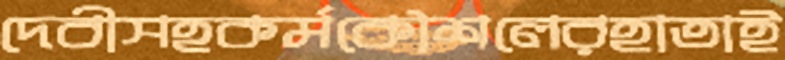
দেবীসহকর্মকৌশলেরহাতাই